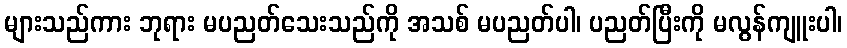
များသည်ကား ဘုရား မပညတ်သေးသည်ကို အသစ် မပညတ်ပါ၊ ပညတ်ပြီးကို မလွန်ကျူးပါ၊